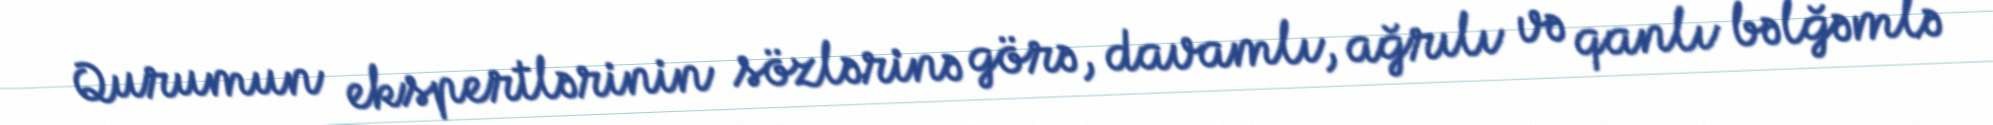
Qurumun ekspertlərinin sözlərinə görə, davamlı, ağrılı və qanlı bəlğəmlə